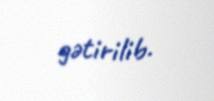
gətirilib.